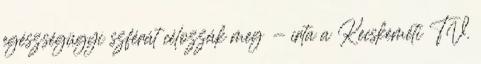
egészségügyi szférát célozzák meg - írta a Kecskeméti TV.